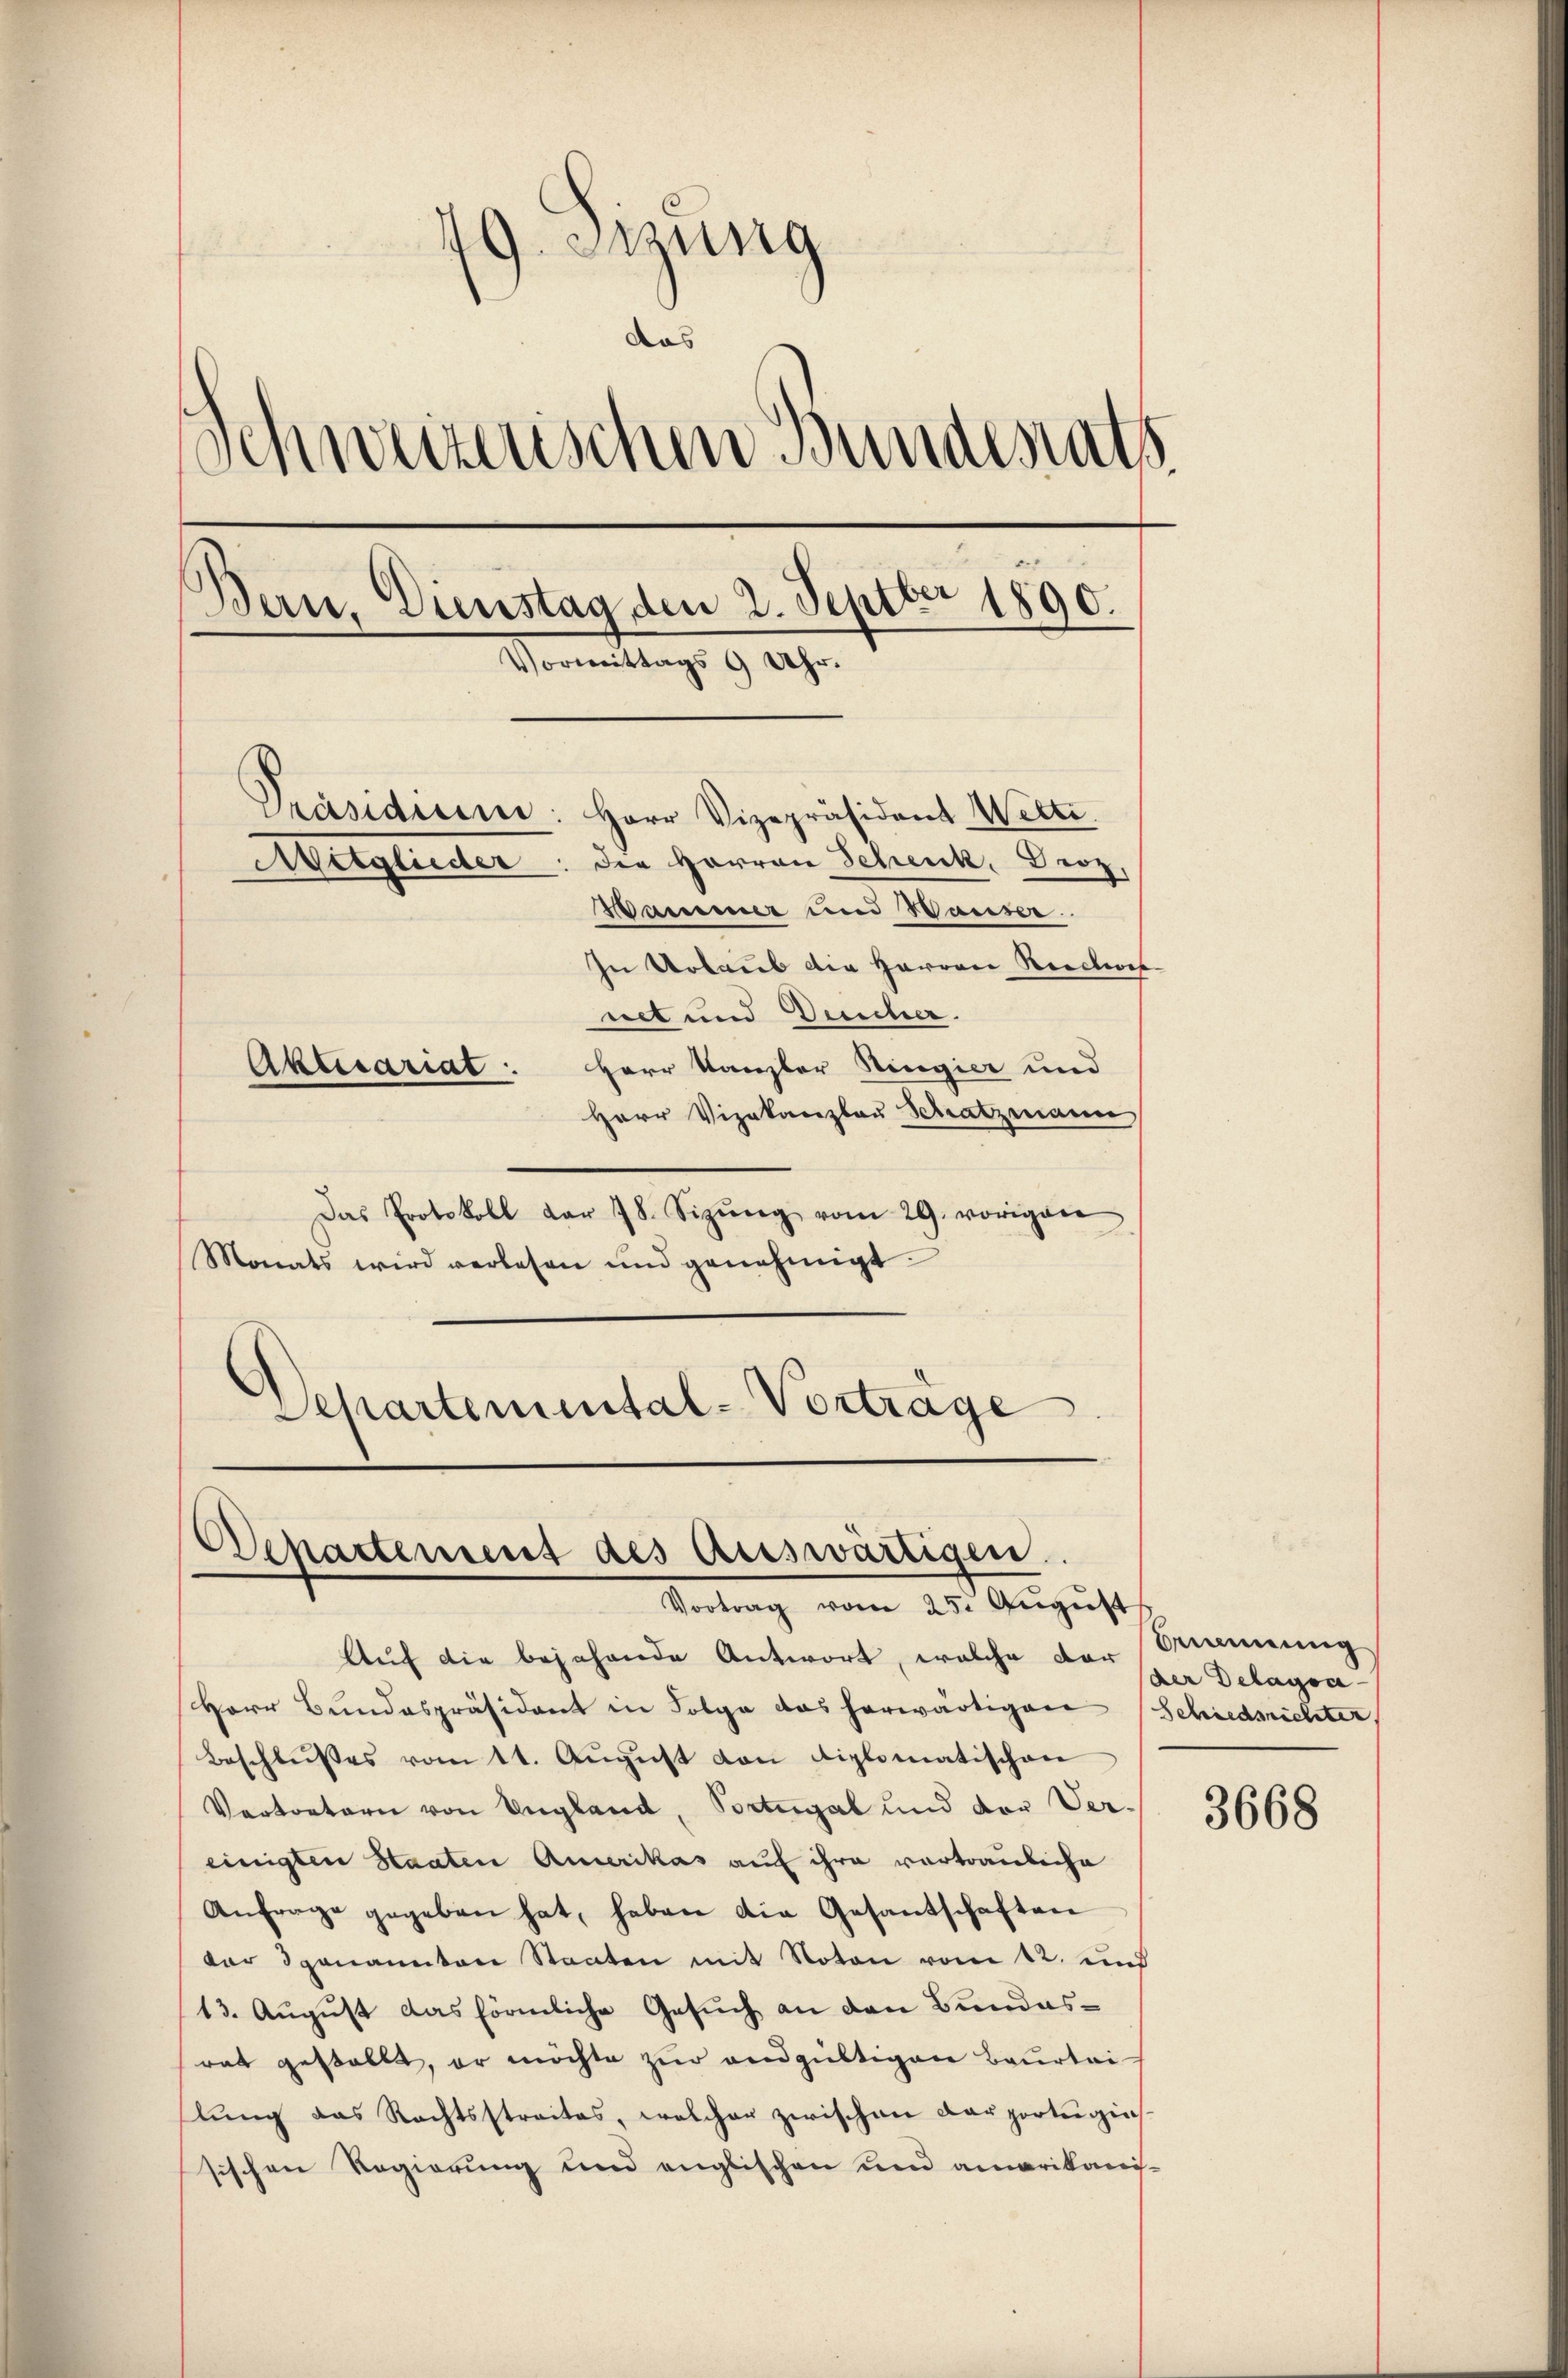
49. Stung
Schweizerischen Bundenats
Bern, Dienstag den 2. Septbr 1890.
Vormittags 9 Uhr.
Präsidium: Herr Vizepräsident Welti
Wetglieder: die Herren Schenk, Droz.
Wassener und Waiser.
In Urlaub die Herren Rectors
net und Verscher.
Aktecariat: Herr Kanzler Ringier und
Herr Vizekanzlau Schatzmann

Das Protokoll dar 18. Sizŭng vom 29. vorigen
Monats wird verlesen und genehmigt.
Departemental-Vorträge

Departement des Auswärtigen.
Vortrag vom 25. August

Auf die bejahende Antwort, welche der Brennung
Herr Bŭndespräsident in Folge das herwärtigen (Schiedsrichter,
Beschlŭsses vott. Aŭgŭst von diplomatischen
Vertretern von Ungland, Portugal und der Ver-
einigten Staaten Amerikas auf ihre vortrauliche
Anfrage gegeben hat, haben die Gesantschaften
dar genannten Staaten mit Noton vom 12. und
13. August das förmliche Gesuch an den Bundesrat gestellt, er möchte zur endgültigen Beurtei
lung das Rechtsstreites, welcher zwischen Carportuginssischen Regierung und englischen und amarikanis-

der Delagsc

3668